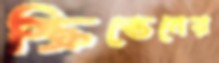
স্ক্রিভেনের